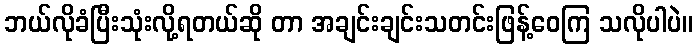
ဘယ်လိုခံပြီးသုံးလို့ရတယ်ဆို တာ အချင်းချင်းသတင်းဖြန့်ဝေကြ သလိုပါပဲ။